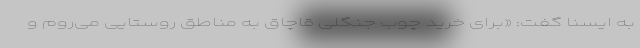
به ایسنا گفت: «برای خرید چوب جنگلی قاچاق به مناطق روستایی می‌روم و